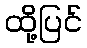
ထို့ပြင်